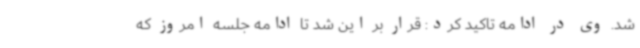
شد. وی در ادامه تاکید کرد: قرار بر این شد تا ادامه جلسه امروز که